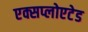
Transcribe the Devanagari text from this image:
एक्सप्लोएटेड